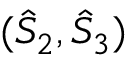
( \hat { \cal S } _ { 2 } , \hat { \cal S } _ { 3 } )